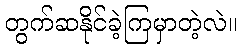
တွက်ဆနိုင်ခဲ့ကြမှာတဲ့လဲ။